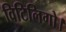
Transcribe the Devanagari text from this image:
विटिलिगो।